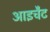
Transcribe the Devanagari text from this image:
आइचैट